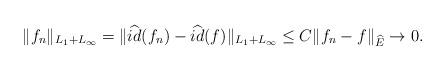
LaTeX: \begin{align*}\|f_n\|_{L_1+L_\infty}=\|\widehat{id}(f_n)-\widehat{id}(f)\|_{L_1+L_\infty}\leq C \|f_n-f\|_{\widehat{E}}\to 0. \end{align*}